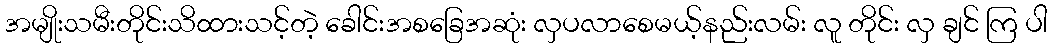
အမျိုးသမီးတိုင်းသိထားသင့်တဲ့ ခေါင်းအစခြေအဆုံး လှပလာစေမယ့်နည်းလမ်း လူ တိုင်း လှ ချင် ကြ ပါ